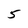
Character: 5